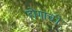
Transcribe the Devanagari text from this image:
होणाची